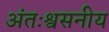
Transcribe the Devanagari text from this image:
अंतःश्वसनीय